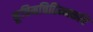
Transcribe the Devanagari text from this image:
कूचिमचितिम्मकवि